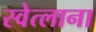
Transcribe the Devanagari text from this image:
स्वेत्लाना